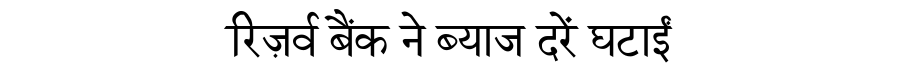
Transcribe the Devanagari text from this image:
रिज़र्व बैंक ने ब्याज दरें घटाईं